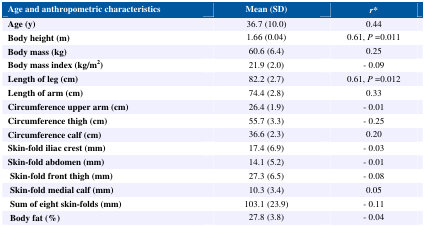
<table><thead><tr><td><b>Age and anthropometric characteristics</b></td><td><b>Mean (SD)</b></td><td><b><i>r</i>*</b></td></tr></thead><tbody><tr><td><b>Age (y)</b></td><td>36.7 (10.0)</td><td>0.44</td></tr><tr><td><b>Body height (m)</b></td><td>1.66 (0.04)</td><td>0.61, <i>P</i> =0.011</td></tr><tr><td><b>Body mass (kg)</b></td><td>60.6 (6.4)</td><td>0.25</td></tr><tr><td><b>Body mass index (kg/m</b><sup><b>2</b></sup><b>)</b></td><td>21.9 (2.0)</td><td>−0.09</td></tr><tr><td><b>Length of leg (cm)</b></td><td>82.2 (2.7)</td><td>0.61, <i>P</i> =0.012</td></tr><tr><td><b>Length of arm (cm)</b></td><td>74.4 (2.8)</td><td>0.33</td></tr><tr><td><b>Circumference upper arm (cm)</b></td><td>26.4 (1.9)</td><td>−0.01</td></tr><tr><td><b>Circumference thigh (cm)</b></td><td>55.7 (3.3)</td><td>−0.25</td></tr><tr><td><b>Circumference calf (cm)</b></td><td>36.6 (2.3)</td><td>0.20</td></tr><tr><td><b>Skin-fold iliac crest (mm)</b></td><td>17.4 (6.9)</td><td>−0.03</td></tr><tr><td><b>Skin-fold abdomen (mm)</b></td><td>14.1 (5.2)</td><td>−0.01</td></tr><tr><td><b>Skin-fold front thigh (mm)</b></td><td>27.3 (6.5)</td><td>−0.08</td></tr><tr><td><b>Skin-fold medial calf (mm)</b></td><td>10.3 (3.4)</td><td>0.05</td></tr><tr><td><b>Sum of eight skin-folds (mm)</b></td><td>103.1 (23.9)</td><td>−0.11</td></tr><tr><td><b>Body fat (%)</b></td><td>27.8 (3.8)</td><td>−0.04</td></tr></tbody></table>